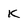
Character: k